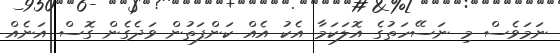
ނަމަވެސް މި ނަސޭހަތުގެ އޮލަކަމާ އެކު އެއް ކަންފަތުން ވަދެގެން ގޮސް އަނެއް